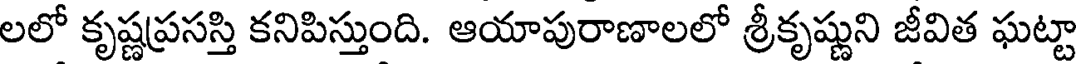
లలో కృష్ణప్రసస్తి కనిపిస్తుంది. ఆయాపురాణాలలో శ్రీకృష్ణుని జీవిత ఘట్టా